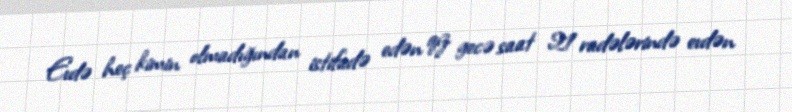
Evdə heç kimin olmadığından istifadə edən qız gecə saat 21 radələrində evdən